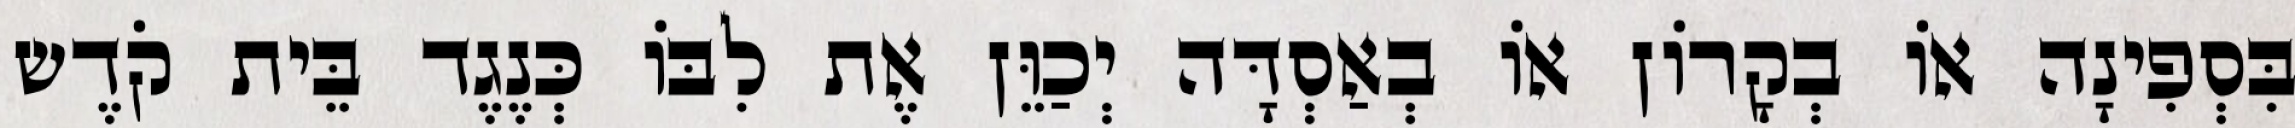
בִּסְפִינָה אוֹ בְקָרוֹן אוֹ בְאַסְדָּה יְכַוֵּן אֶת לִבּוֹ כְּנֶגֶד בֵּית קֹדֶש